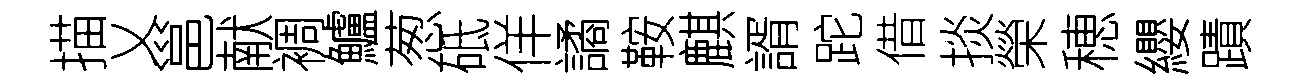
描乂邕献裯鱸葱砥佯譎鞍麒諝跎借掞榮穂纓蹟